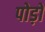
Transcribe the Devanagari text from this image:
पोड़ों